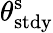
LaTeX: \theta_{\mathrm{stdy}}^{\mathrm{s}}